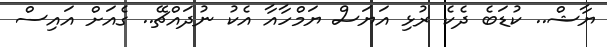
ޔާޝް.. ކުޑަބެ ދެކެ ރުޅި އަޔަސް ޔަމްހާއާ އެކު ނުދައްޗޭ.. ގެއަށް އައިސް